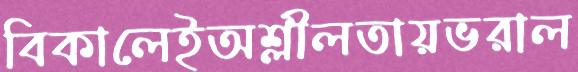
বিকালেইঅশ্লীলতায়ভরাল